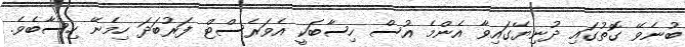
ބުނެވޭ ގޮތުގައި ދުނިޔޭގައިވާ އެންމެ އުސް ހިސާބަކީ އެވަރެސްޓް ފަރުބަދަ ހިމެނޭ ހިސާބެވެ.